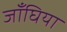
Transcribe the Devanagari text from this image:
जाँघिया